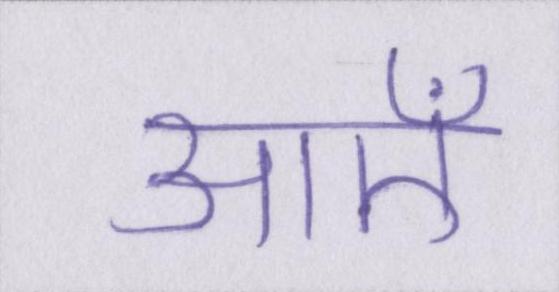
आएँ